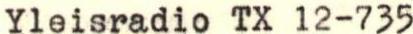
Yleisradio TX 12-735